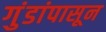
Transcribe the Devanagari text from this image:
गुंडांपासून